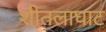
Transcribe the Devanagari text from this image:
शीतलाघाट